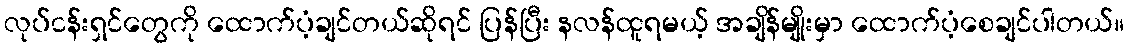
လုပ်ငန်းရှင်တွေကို ထောက်ပံ့ချင်တယ်ဆိုရင် ပြန်ပြီး နလန်ထူရမယ့် အချိန်မျိုးမှာ ထောက်ပံ့စေချင်ပါတယ်။